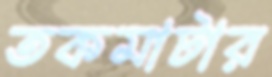
তকমাটার